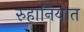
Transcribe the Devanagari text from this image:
रुहानियात